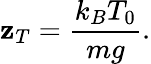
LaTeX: \mathbf{z}_{T}={\frac{{k_{B}T_{0}}}{{mg}}}.